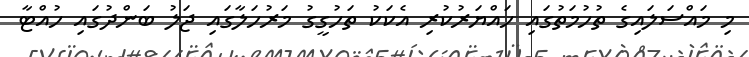
މި މައްސަލައިގެ ތުހުމަތުގައި ހައްޔަރުކުރި އެކަކު ތަހުގީގު މަރުހަލާގައި ޖަލު ބަންދުގައި ހުއްޓާ